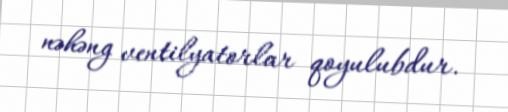
nəhəng ventilyatorlar qoyulubdur.